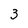
Character: 3